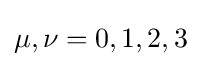
\mu ,\nu =0,1,2,3